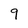
Character: 9